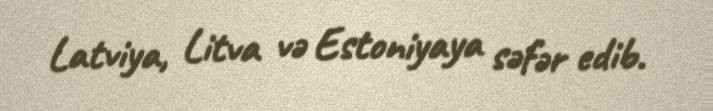
Latviya, Litva və Estoniyaya səfər edib.